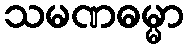
သမဏဓမ္မာ